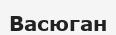
Васюган